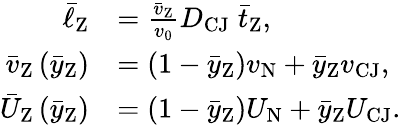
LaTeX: \begin{array}{rl}{\bar{\ell}_{\mathrm{Z}}}&{=\frac{\bar{v}_{\mathrm{Z}}}{v_{0}}D_{\mathrm{CJ}}\; \bar{t}_{\mathrm{Z}},}\\ {\bar{v}_{\mathrm{Z}}\left(\bar{y}_{\mathrm{Z}}\right)}&{=\left(1-\bar{y}_{\mathrm{Z}}\right)v_{\mathrm{N}}+\bar{y}_{\mathrm{Z}}v_{\mathrm{CJ}},}\\ {\bar{U}_{\mathrm{Z}}\left(\bar{y}_{\mathrm{Z}}\right)}&{=\left(1-\bar{y}_{\mathrm{Z}}\right)U_{\mathrm{N}}+\bar{y}_{\mathrm{Z}}U_{\mathrm{CJ}}.}\end{array}